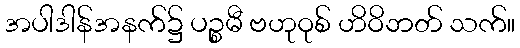
အပါဒါန်အနက်၌ ပဉ္စမီ ဗဟုဝုစ် ဟိဝိဘတ် သက်။